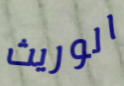
الوريث